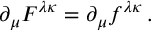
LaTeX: \partial _ { \mu } F ^ { \lambda \kappa } = \partial _ { \mu } f ^ { \lambda \kappa } \, .